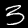
Digit: 3